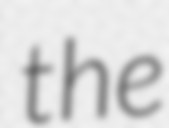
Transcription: the